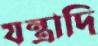
যন্ত্রাদি